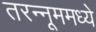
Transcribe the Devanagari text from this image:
तरन्नूममध्ये